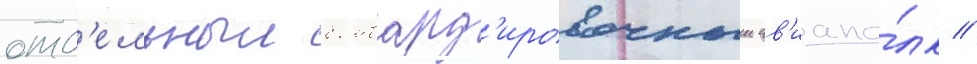
отд'ельныи бомбард'ировочныи ав'иапо́лк //